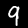
Digit: 9